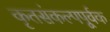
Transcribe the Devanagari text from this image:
कृतसंकल्पपूर्वक